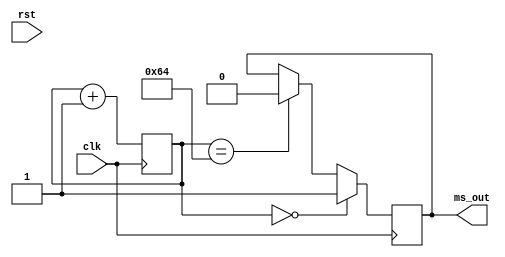
`timescale 1ns / 1ps
//////////////////////////////////////////////////////////////////////////////////
// Company: 
// Engineer: 
// 
// Design Name: 
// Module Name:    ms_gen 
// Project Name: 
// Target Devices: 
// Tool versions: 
// Description: 
//
// Dependencies: 
//
// Revision: 
// Revision 0.01 - File Created
// Additional Comments: 
//
//////////////////////////////////////////////////////////////////////////////////
module ms_gen(
	rst,
	clk,
	ms_out
    );

input rst;
input clk;
output ms_out;

reg [20:0] cnt_frame; //13.98ms on 150MHz
reg ms_inner;
wire rst_ignore;
assign rst_ignore = 0;
always@(posedge clk)
  begin
   if (rst_ignore)
      cnt_frame<=0;			//64'd2
	else
   	cnt_frame<=cnt_frame+1'b1;
	end

always@(posedge clk)
begin
  if (rst_ignore)
     ms_inner  <= 1'b0;
  else if (	cnt_frame == 0)
     ms_inner<=1'b1;
  else if (	cnt_frame == 100)  
     ms_inner <=1'b0;
  else 
     ms_inner <=ms_inner;
 end
 
assign ms_out = ms_inner;

endmodule